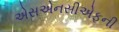
એસએનસીએફની